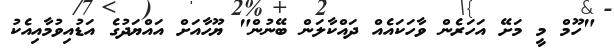
"ހޫމް މީ މަށޭ އަހަރެން ވާހަކައެއް ދައްކާލަން ބޭނުން" ޔޫހާއަށް އައްޔަދުގެ އަޑުއިވުމާއިއެކު